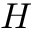
H